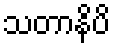
သတာနိပိ